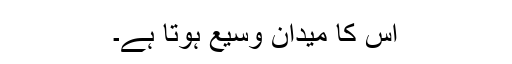
اس کا میدان وسیع ہوتا ہے۔